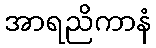
အာရညိကာနံ